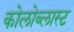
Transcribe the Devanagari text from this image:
कोलोब्लास्ट